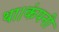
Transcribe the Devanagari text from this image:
था।कंपनी